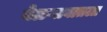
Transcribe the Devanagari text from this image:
बेळगावातला